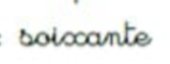
soixante